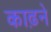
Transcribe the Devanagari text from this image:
काढ़ने